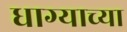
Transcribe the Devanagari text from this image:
धाग्याच्या